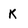
Character: K